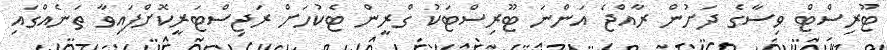
ޓޫރިސްޓް ވިސާގެ ދަށުން ރާއްޖެ އަންނަ ޓޫރިސްޓަކު ގްރީން ޓެކުހަށް ރަޖިސްޓަރީކޮށްފައިވާ ތަނެއްގައި